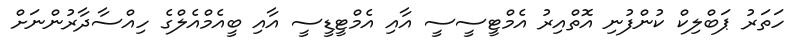
ހަތަރު ޕަބްލިކް ކުންފުނި އޮތްއިރު އެމްޓީސީސީ އާއި އެމްޓީޑީސީ އާއި ބީއެމްއެލްގެ ހިއްސާދާރުންނަށް